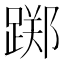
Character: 踯